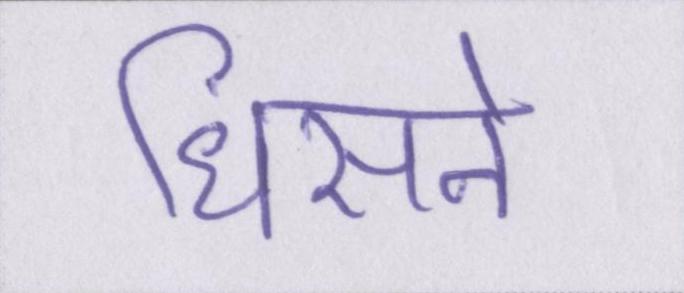
धिसने